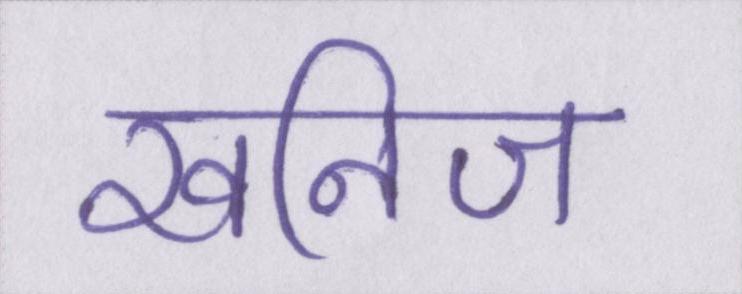
खनिज